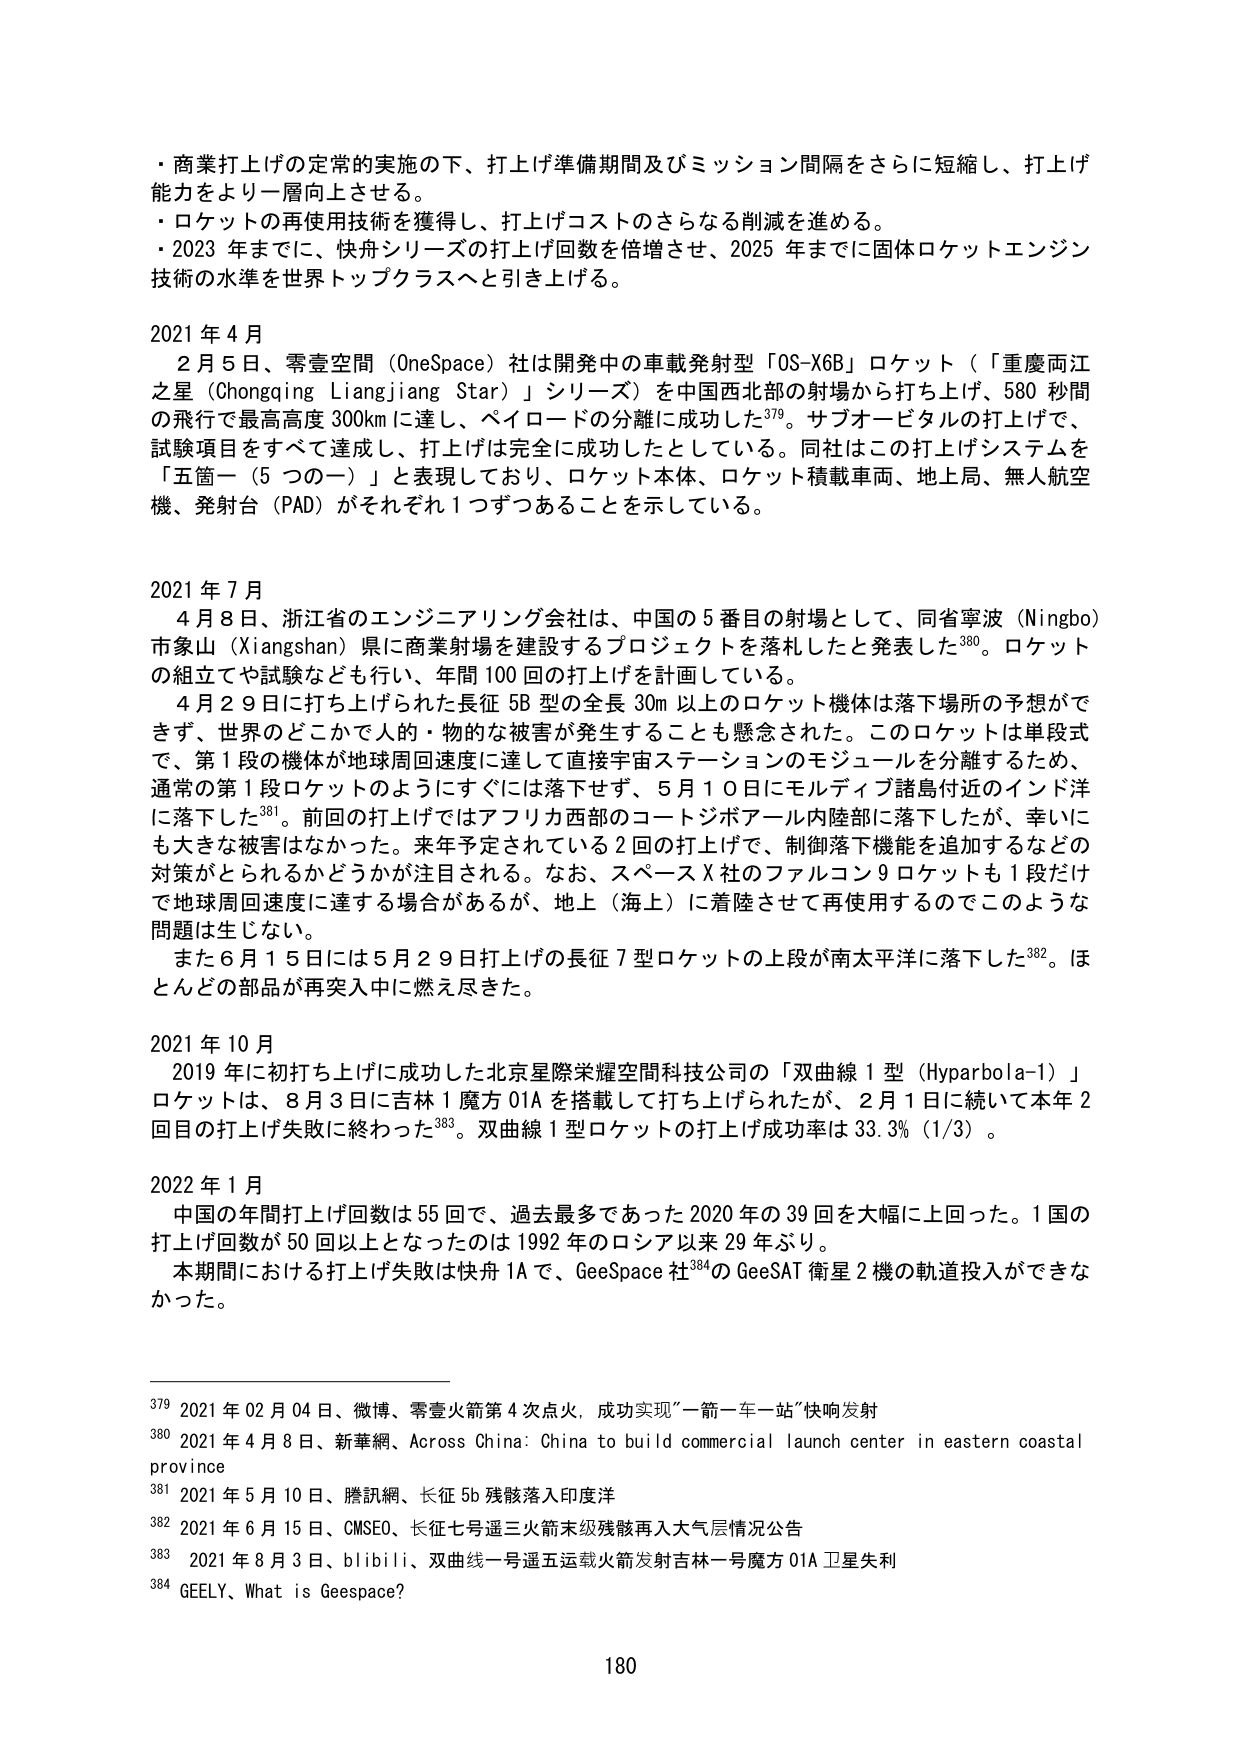
・商業打上げの定常的実施の下、打上げ準備期間及びミッション間隔をさらに短縮し、打上げ能力をより一層向上させる。
・ロケットの再使用技術を獲得し、打上げコストのさらなる削減を進める。
・2023 年までに、快舟シリーズの打上げ回数を倍増させ、2025 年までに固体ロケットエンジン技術の水準を世界トップクラスへと引き上げる。

2021 年 4 月
　2 月 5 日、零壹空間（OneSpace）社は開発中の車載発射型「OS-X6B」ロケット（「重慶両江之星（Chongqing Liangjiang Star）」シリーズ）を中国西北部の射場から打ち上げ、580 秒間の飛行で最高高度 300km に達し、ペイロードの分離に成功した379。サブオービタルの打上げで、試験項目をすべて達成し、打上げは完全に成功したとしている。同社はこの打上げシステムを「五箇一（5 つの一）」と表現しており、ロケット本体、ロケット積載車両、地上局、無人航空機、発射台（PAD）がそれぞれ 1 つずつあることを示している。

2021 年 7 月
　4 月 8 日、浙江省のエンジニアリング会社は、中国の 5 番目の射場として、同省寧波（Ningbo）市象山（Xiangshan）県に商業射場を建設するプロジェクトを落札したと発表した380。ロケットの組立や試験なども行い、年間 100 回の打上げを計画している。
　4 月 29 日に打ち上げられた長征 5B 型の全長 30m 以上のロケット機体は落下場所の予想ができず、世界のどこかで人的・物的な被害が発生することも懸念された。このロケットは単段式で、第 1 段の機体が地球周回速度に達して直接宇宙ステーションのモジュールを分離するため、通常の第 1 段ロケットのようにすぐには落下せず、5 月 10 日にモルディブ諸島付近のインド洋に落下した381。前回の打上げではアフリカ西部のコートジボアール内陸部に落下したが、幸いにも大きな被害はなかった。来年予定されている 2 回の打上げで、制御落下機能を追加するなどの対策がとられるかどうかが注目される。なお、スペース X 社のファルコン 9 ロケットも 1 段だけで地球周回速度に達する場合があるが、地上（海上）に着陸させて再使用するのでこのような問題は生じない。
　また 6 月 15 日には 5 月 29 日打上げの長征 7 型ロケットの上段が南太平洋に落下した382。ほとんどの部品が再突入中に燃え尽きた。

2021 年 10 月
　2019 年に初打ち上げに成功した北京星際栄耀空間科技公司の「双曲線 1 型（Hyperbola-1）」ロケットは、8 月 3 日に吉林 1 魔方 01A を搭載して打ち上げられたが、2 月 1 日に続いて本年 2 回目の打上げ失敗に終わった383。双曲線 1 型ロケットの打上げ成功率は 33.3%（1/3）。

2022 年 1 月
　中国の年間打上げ回数は 55 回で、過去最多であった 2020 年の 39 回を大幅に上回った。1 国の打上げ回数が 50 回以上となったのは 1992 年のロシア以来 29 年ぶり。
　本期間における打上げ失敗は快舟 1A で、GeeSpace 社384の GeeSAT 衛星 2 機の軌道投入ができなかった。

379 2021 年 02 月 04 日、微博、零壹火箭第 4 次点火，成功实现“一箭一车一站”快响发射
380 2021 年 4 月 8 日、新華網、Across China: China to build commercial launch center in eastern coastal province
381 2021 年 5 月 10 日、騰訊網、长征 5b 残骸落入印度洋
382 2021 年 6 月 15 日、CMSEO、长征七号遥三火箭末级残骸再入大气层情况公告
383 2021 年 8 月 3 日、bilibili、双曲线一号遥五运载火箭发射吉林一号魔方 01A 卫星失利
384 GEELY、What is Geespace?

180